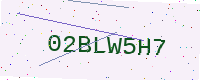
Text: 02BLW5H7